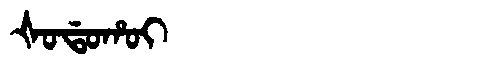
Manchu: ᡧᠣᡩᠣᡥᠣᡳ
Romanization: ŠODOHOI